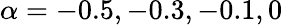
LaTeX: \alpha=-0.5,-0.3,-0.1,0